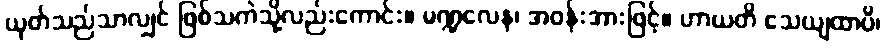
ယုတ်သည်သာလျှင် ဖြစ်သကဲသို့လည်းကောင်း။ မဏ္ဍလေန၊ အဝန်းအားဖြင့်။ ဟာယတိ သေယျထာပိ၊